Senior Leaving Certificate Examination (including Day School Certificate (Higher) General paper), 1948
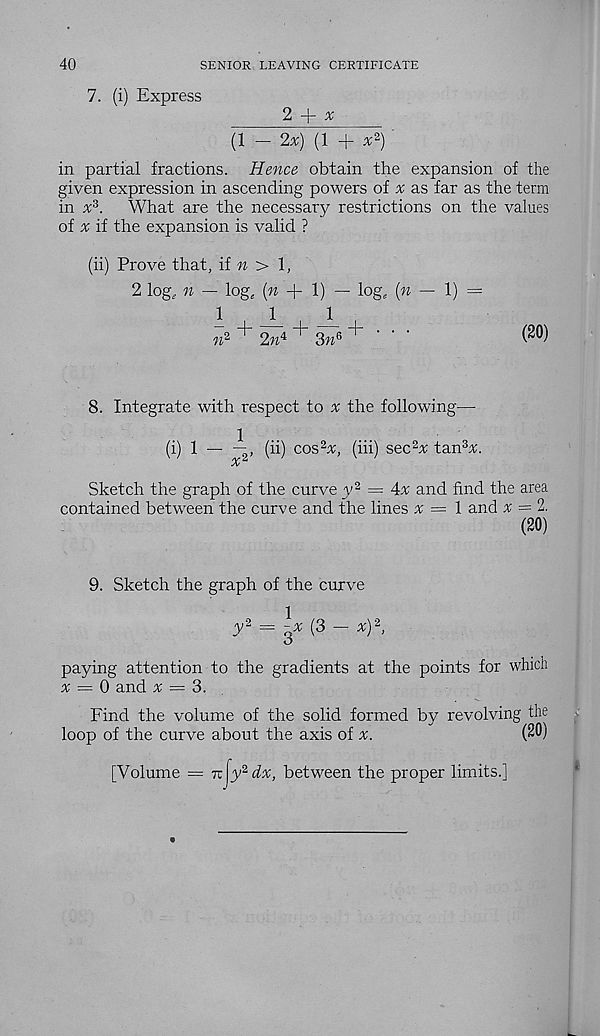
40
SENIOR LEAVING CERTIFICATE
7. (i) Express
2
x
(1 - 2x) (1 + x 2 ) '
in partial fractions. Hence obtain the expansion of the
given expression in ascending powers of x as far as the term
in x 3 .
What are the necessary restrictions on the values
of ^ if the expansion is valid ?
(ii) Prove that, if « > 1,
2 log, n — log, (n + 1) — log, (n — 1) =
111
# + 2#* + 3«« + ' ' '
W
8. Integrate with respect to % the following—
(i) 1 —
(ii) cos 2^, (iii) sec 2 x tan 3 %.
Sketch the graph of the curve y 2 = 4% and find the area
contained between the curve and the lines x = 1 and x = 2.
(20)
9. Sketch the graph of the curve
^ = 3* ( 3 ~ x y 2 ’
paying attention to the gradients at the points for which
x — 0 and x = 3.
Find the volume of the solid formed by revolving the
loop of the curve about the axis of
(20)
[Volume = Ti:{y 2 dx, between the proper limits.]